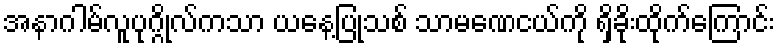
အနာဂါမ်လူပုဂ္ဂိုလ်ကသာ ယနေ့ပြုသစ် သာမဏေငယ်ကို ရှိခိုးထိုက်ကြောင်း